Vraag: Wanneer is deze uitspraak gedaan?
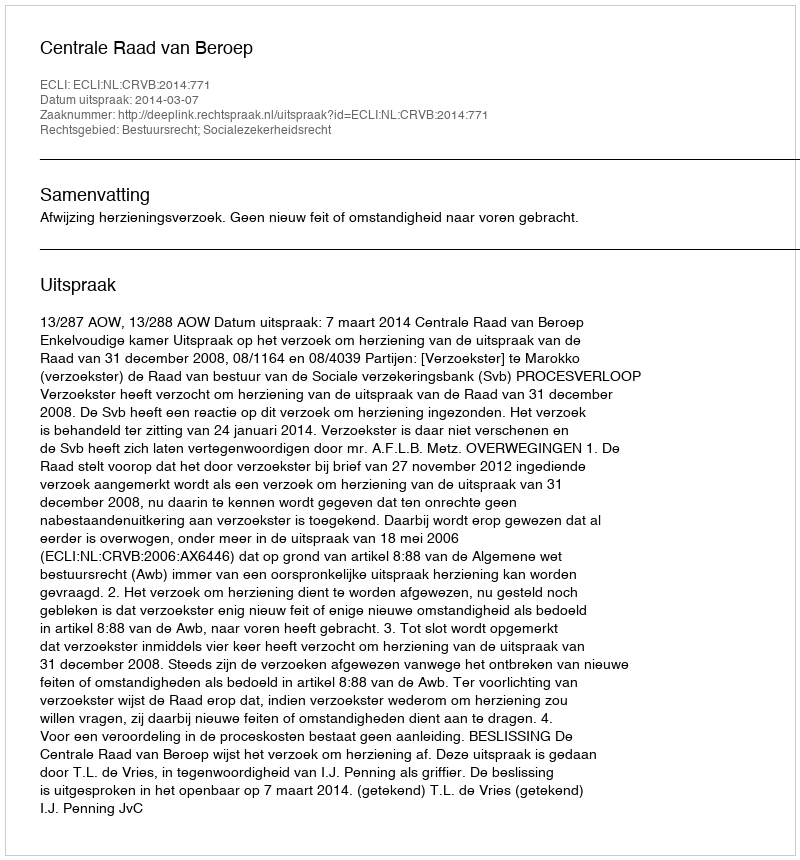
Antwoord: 2014-03-07